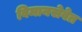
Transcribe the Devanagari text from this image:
विमानसेवेत